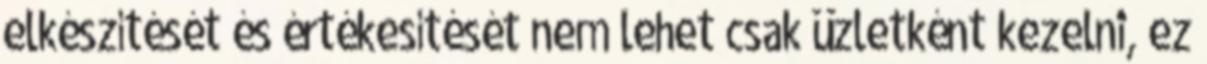
elkészítését és értékesítését nem lehet csak üzletként kezelni, ez